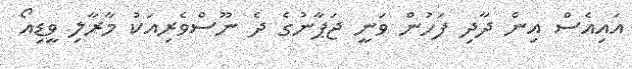
އައިއެސް އިން ދާދި ފަހުން ވަނީ ޖަޕާނުގެ ދެ ނޫސްވެރިއަކު މާރާލި ވީޑިއޯ